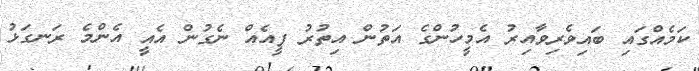
ކަމެއްގައި ބައިވެރިވާއިރު އެމީހުންގެ އަތުން އިތުރު ފީއެއް ނެގުން އެއީ އެންމެ ރަނގަޅު